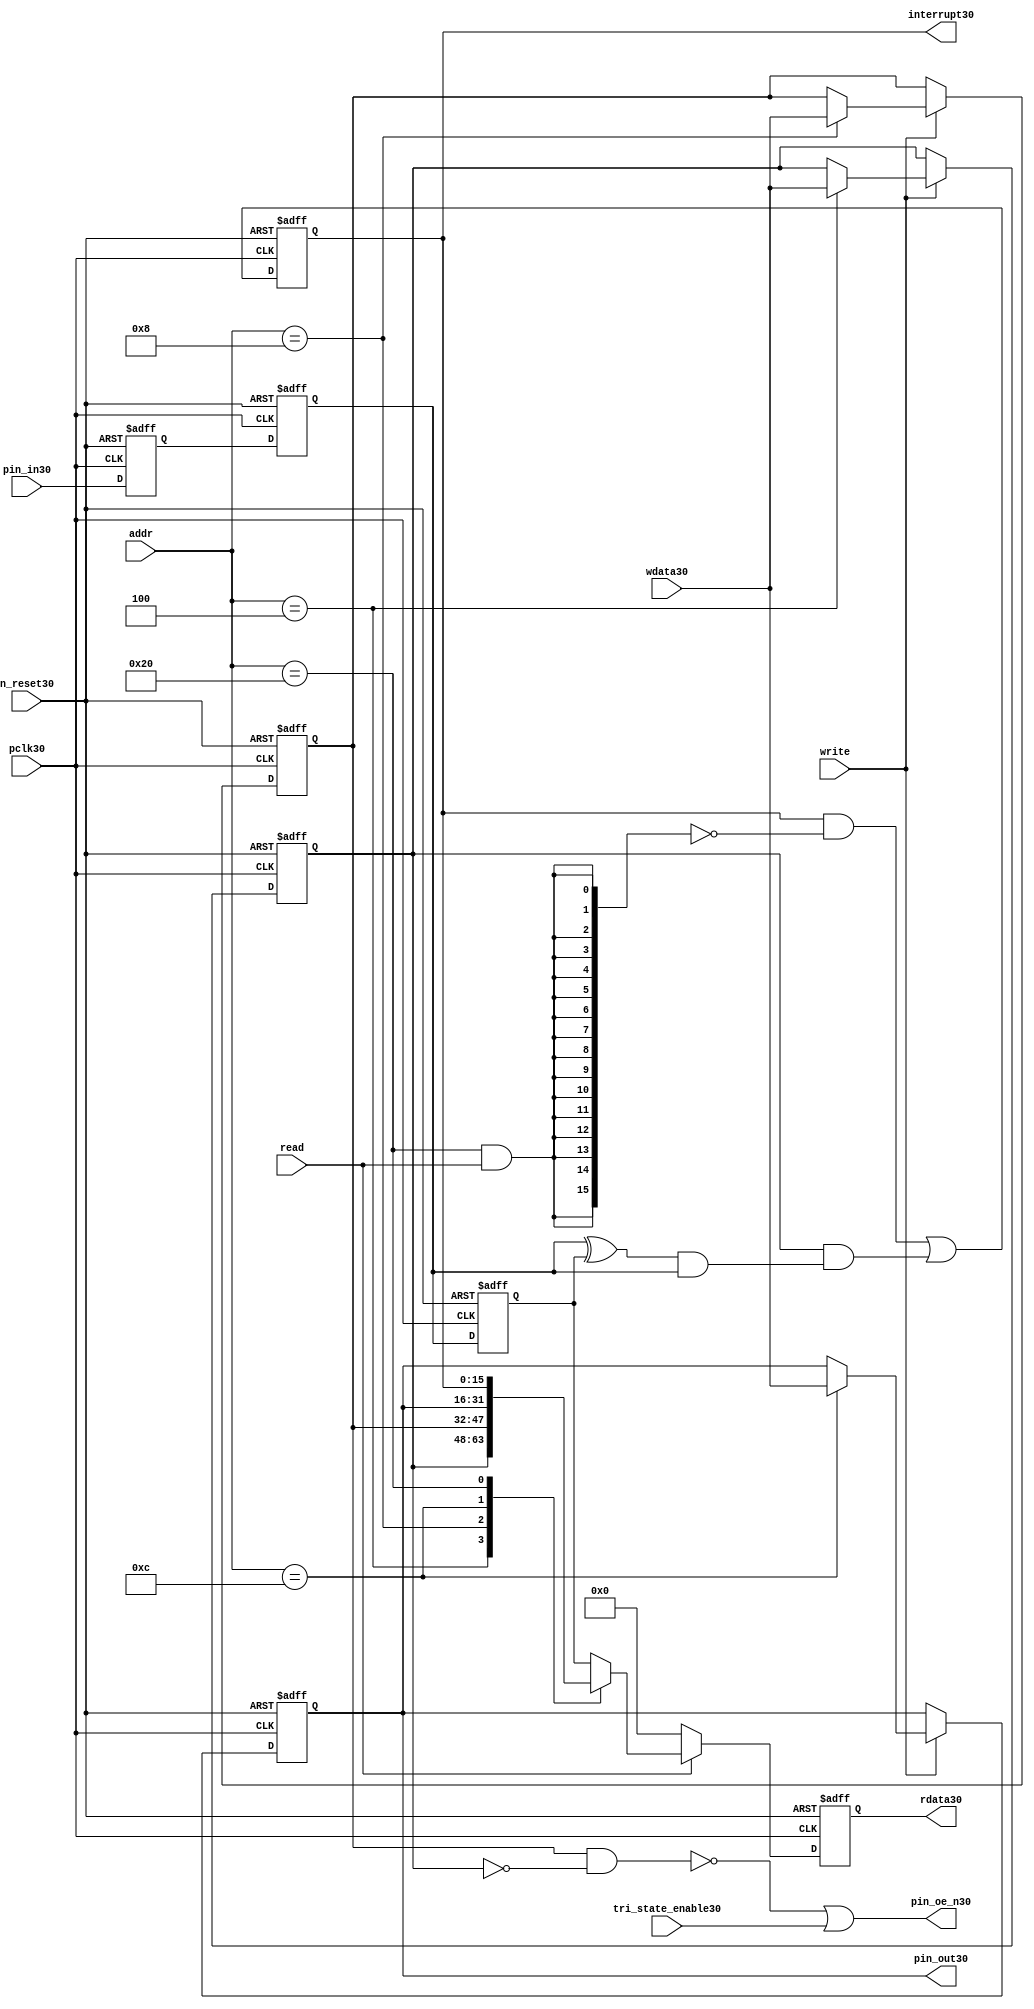
//File30 name   : gpio_lite_subunit30.v
//Title30       : 
//Created30     : 1999
//Description30 : Parametrised30 GPIO30 pin30 circuits30
//Notes30       : 
//----------------------------------------------------------------------
//   Copyright30 1999-2010 Cadence30 Design30 Systems30, Inc30.
//   All Rights30 Reserved30 Worldwide30
//
//   Licensed30 under the Apache30 License30, Version30 2.0 (the
//   "License30"); you may not use this file except30 in
//   compliance30 with the License30.  You may obtain30 a copy of
//   the License30 at
//
//       http30://www30.apache30.org30/licenses30/LICENSE30-2.0
//
//   Unless30 required30 by applicable30 law30 or agreed30 to in
//   writing, software30 distributed30 under the License30 is
//   distributed30 on an "AS30 IS30" BASIS30, WITHOUT30 WARRANTIES30 OR30
//   CONDITIONS30 OF30 ANY30 KIND30, either30 express30 or implied30.  See
//   the License30 for the specific30 language30 governing30
//   permissions30 and limitations30 under the License30.
//----------------------------------------------------------------------


module gpio_lite_subunit30(
  //Inputs30

  n_reset30,
  pclk30,

  read,
  write,
  addr,

  wdata30,
  pin_in30,

  tri_state_enable30,

  //Outputs30
 
  interrupt30,

  rdata30,
  pin_oe_n30,
  pin_out30

);
 
   // Inputs30
   
   // Clocks30   
   input n_reset30;            // asynch30 reset, active low30
   input pclk30;               // Ppclk30

   // Controls30
   input read;               // select30 GPIO30 read
   input write;              // select30 GPIO30 write
   input [5:0] 
         addr;               // address bus of selected master30

   // Dataflow30
   input [15:0]
         wdata30;              // GPIO30 Input30
   input [15:0]
         pin_in30;             // input data from pin30

   //Design30 for Test30 Inputs30
   input [15:0]
         tri_state_enable30;   // disables30 op enable -> Z30




   
   // Outputs30
   
   // Controls30
   output [15:0]
          interrupt30;         // interupt30 for input pin30 change

   // Dataflow30
   output [15:0]
          rdata30;             // GPIO30 Output30
   output [15:0]
          pin_oe_n30;          // output enable signal30 to pin30
   output [15:0]
          pin_out30;           // output signal30 to pin30
   



   
   // Registers30 in module

   //Define30 Physical30 registers in amba_unit30
   reg    [15:0]
          direction_mode30;     // 1=Input30 0=Output30              RW
   reg    [15:0]
          output_enable30;      // Output30 active                 RW
   reg    [15:0]
          output_value30;       // Value outputed30 from reg       RW
   reg    [15:0]
          input_value30;        // Value input from bus          R
   reg    [15:0]
          int_status30;         // Interrupt30 status              R

   // registers to remove metastability30
   reg    [15:0]
          s_synch30;            //stage_two30
   reg    [15:0]
          s_synch_two30;        //stage_one30 - to ext pin30
   
   
    
          
   // Registers30 for outputs30
   reg    [15:0]
          rdata30;              // prdata30 reg
   wire   [15:0]
          pin_oe_n30;           // gpio30 output enable
   wire   [15:0]
          pin_out30;            // gpio30 output value
   wire   [15:0]
          interrupt30;          // gpio30 interrupt30
   wire   [15:0]
          interrupt_trigger30;  // 1 sets30 interrupt30 status
   reg    [15:0]
          status_clear30;       // 1 clears30 interrupt30 status
   wire   [15:0]
          int_event30;          // 1 detects30 an interrupt30 event

   integer ia30;                // loop variable
   


   // address decodes30
   wire   ad_direction_mode30;  // 1=Input30 0=Output30              RW
   wire   ad_output_enable30;   // Output30 active                 RW
   wire   ad_output_value30;    // Value outputed30 from reg       RW
   wire   ad_int_status30;      // Interrupt30 status              R
   
//Register addresses30
//If30 modifying30 the APB30 address (PADDR30) width change the following30 bit widths30
parameter GPR_DIRECTION_MODE30   = 6'h04;       // set pin30 to either30 I30 or O30
parameter GPR_OUTPUT_ENABLE30    = 6'h08;       // contains30 oe30 control30 value
parameter GPR_OUTPUT_VALUE30     = 6'h0C;       // output value to be driven30
parameter GPR_INPUT_VALUE30      = 6'h10;       // gpio30 input value reg
parameter GPR_INT_STATUS30       = 6'h20;       // Interrupt30 status register

//Reset30 Values30
//If30 modifying30 the GPIO30 width change the following30 bit widths30
//parameter GPRV_RSRVD30            = 32'h0000_0000; // Reserved30
parameter GPRV_DIRECTION_MODE30  = 32'h00000000; // Default to output mode
parameter GPRV_OUTPUT_ENABLE30   = 32'h00000000; // Default 3 stated30 outs30
parameter GPRV_OUTPUT_VALUE30    = 32'h00000000; // Default to be driven30
parameter GPRV_INPUT_VALUE30     = 32'h00000000; // Read defaults30 to zero
parameter GPRV_INT_STATUS30      = 32'h00000000; // Int30 status cleared30



   //assign ad_bypass_mode30    = ( addr == GPR_BYPASS_MODE30 );   
   assign ad_direction_mode30 = ( addr == GPR_DIRECTION_MODE30 );   
   assign ad_output_enable30  = ( addr == GPR_OUTPUT_ENABLE30 );   
   assign ad_output_value30   = ( addr == GPR_OUTPUT_VALUE30 );   
   assign ad_int_status30     = ( addr == GPR_INT_STATUS30 );   

   // assignments30
   
   assign interrupt30         = ( int_status30);

   assign interrupt_trigger30 = ( direction_mode30 & int_event30 ); 

   assign int_event30 = ((s_synch30 ^ input_value30) & ((s_synch30)));

   always @( ad_int_status30 or read )
   begin : p_status_clear30

     for ( ia30 = 0; ia30 < 16; ia30 = ia30 + 1 )
     begin

       status_clear30[ia30] = ( ad_int_status30 & read );

     end // for ia30

   end // p_status_clear30

   // p_write_register30 : clocked30 / asynchronous30
   //
   // this section30 contains30 all the code30 to write registers

   always @(posedge pclk30 or negedge n_reset30)
   begin : p_write_register30

      if (~n_reset30)
      
       begin
         direction_mode30  <= GPRV_DIRECTION_MODE30;
         output_enable30   <= GPRV_OUTPUT_ENABLE30;
         output_value30    <= GPRV_OUTPUT_VALUE30;
       end
      
      else 
      
       begin
      
         if (write == 1'b1) // Write value to registers
      
          begin
              
            // Write Mode30
         
            if ( ad_direction_mode30 ) 
               direction_mode30 <= wdata30;
 
            if ( ad_output_enable30 ) 
               output_enable30  <= wdata30;
     
            if ( ad_output_value30 )
               output_value30   <= wdata30;

              

           end // if write
         
       end // else: ~if(~n_reset30)
      
   end // block: p_write_register30



   // p_metastable30 : clocked30 / asynchronous30 
   //
   // This30 process  acts30 to remove  metastability30 propagation
   // Only30 for input to GPIO30
   // In Bypass30 mode pin_in30 passes30 straight30 through

   always @(posedge pclk30 or negedge n_reset30)
      
   begin : p_metastable30
      
      if (~n_reset30)
        begin
         
         s_synch30       <= {16 {1'b0}};
         s_synch_two30   <= {16 {1'b0}};
         input_value30   <= GPRV_INPUT_VALUE30;
         
        end // if (~n_reset30)
      
      else         
        begin
         
         input_value30   <= s_synch30;
         s_synch30       <= s_synch_two30;
         s_synch_two30   <= pin_in30;

        end // else: ~if(~n_reset30)
      
   end // block: p_metastable30


   // p_interrupt30 : clocked30 / asynchronous30 
   //
   // These30 lines30 set and clear the interrupt30 status

   always @(posedge pclk30 or negedge n_reset30)
   begin : p_interrupt30
      
      if (~n_reset30)
         int_status30      <= GPRV_INT_STATUS30;
      
      else 
         int_status30      <= ( int_status30 & ~(status_clear30) // read & clear
                            ) |
                            interrupt_trigger30;             // new interrupt30
        
   end // block: p_interrupt30
   
   
   // p_read_register30  : clocked30 / asynchronous30 
   //
   // this process registers the output values

   always @(posedge pclk30 or negedge n_reset30)

      begin : p_read_register30
         
         if (~n_reset30)
         
           begin

            rdata30 <= {16 {1'b0}};

           end
           
         else //if not reset
         
           begin
         
            if (read == 1'b1)
            
              begin
            
               case (addr)
            
                  
                  GPR_DIRECTION_MODE30:
                     rdata30 <= direction_mode30;
                  
                  GPR_OUTPUT_ENABLE30:
                     rdata30 <= output_enable30;
                  
                  GPR_OUTPUT_VALUE30:
                     rdata30 <= output_value30;
                  
                  GPR_INT_STATUS30:
                     rdata30 <= int_status30;
                  
                  default: // if GPR_INPUT_VALUE30 or unmapped reg addr
                     rdata30 <= input_value30;
            
               endcase
            
              end //end if read
            
            else //in not read
            
              begin // if not a valid read access, keep30 '0'-s 
              
               rdata30 <= {16 {1'b0}};
              
              end //end if not read
              
           end //end else if not reset

      end // p_read_register30


   assign pin_out30 = 
        ( output_value30 ) ;
     
   assign pin_oe_n30 = 
      ( ( ~(output_enable30 & ~(direction_mode30)) ) |
        tri_state_enable30 ) ;

                
  
endmodule // gpio_subunit30